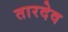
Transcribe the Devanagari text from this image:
तारदेव